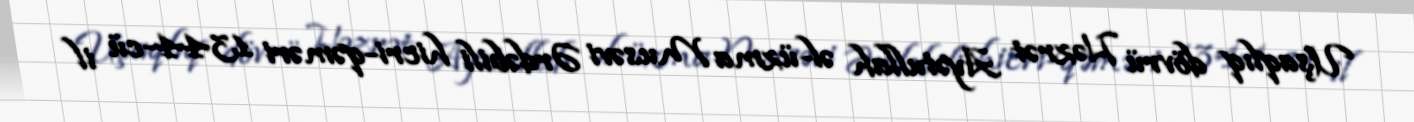
Uşaqlıq dövrü Həzrət Ayətullah əl-üzma Musəvi Ərdəbili hicri-qəməri 1344-cü il